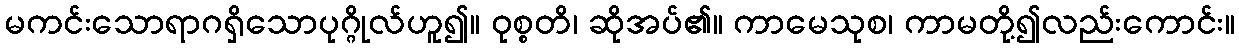
မကင်းသောရာဂရှိသောပုဂ္ဂိုလ်ဟူ၍။ ဝုစ္စတိ၊ ဆိုအပ်၏။ ကာမေသုစ၊ ကာမတို့၍လည်းကောင်း။